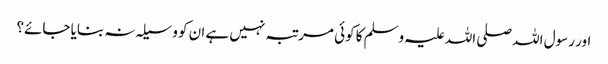
اور رسول اللہ صلی اللہ علیہ وسلم کا کوئی مرتبہ نہیں ہے ان کو وسیلہ نہ بنایا جائے؟